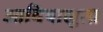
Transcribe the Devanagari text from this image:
आविषालुता